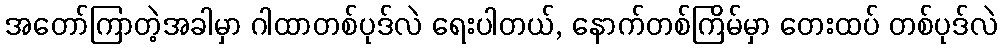
အတော်ကြာတဲ့အခါမှာ ဂါထာတစ်ပုဒ်လဲ ရေးပါတယ်, နောက်တစ်ကြိမ်မှာ တေးထပ် တစ်ပုဒ်လဲ